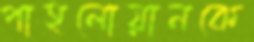
পাহলোয়ানকে